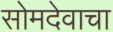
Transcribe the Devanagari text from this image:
सोमदेवाचा